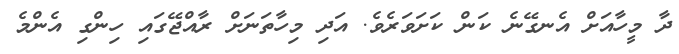
ދާ މީހާއަށް އެނގޭނެ ކަން ކަށަވަރެވެ. އަދި މިހާތަނަށް ރާއްޖޭގައި ހިންގި އެންމެ